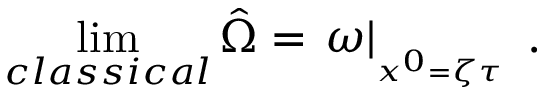
\operatorname * { l i m } _ { c l a s s i c a l } \hat { \Omega } = \left. \omega \right| _ { _ { x ^ { 0 } = \zeta \tau } } \; .